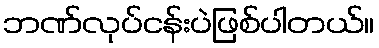
ဘဏ်လုပ်ငန်းပဲဖြစ်ပါတယ်။